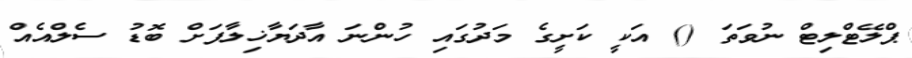
ޕްލޭޓްލިޓް ނުވަތަ () އަކީ ކަށީގެ މަދުގައި ހުންނަ އާދަޔާޚިލާފަށް ބޮޑު ސެލްއެއް